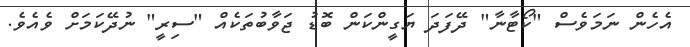
އެހެން ނަމަވެސް "ކޯޓާނާ" ދޭފަދަ ޔަގީންކަން ބޮޑު ޖަވާބުތަކެއް "ސިރީ" ނުދޭކަމަށް ވެއެވެ.